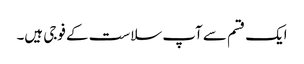
ایک قسم سے آپ سلاست کے فوجی ہیں۔